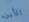
الأبن